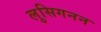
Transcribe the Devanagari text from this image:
लुसिगनन